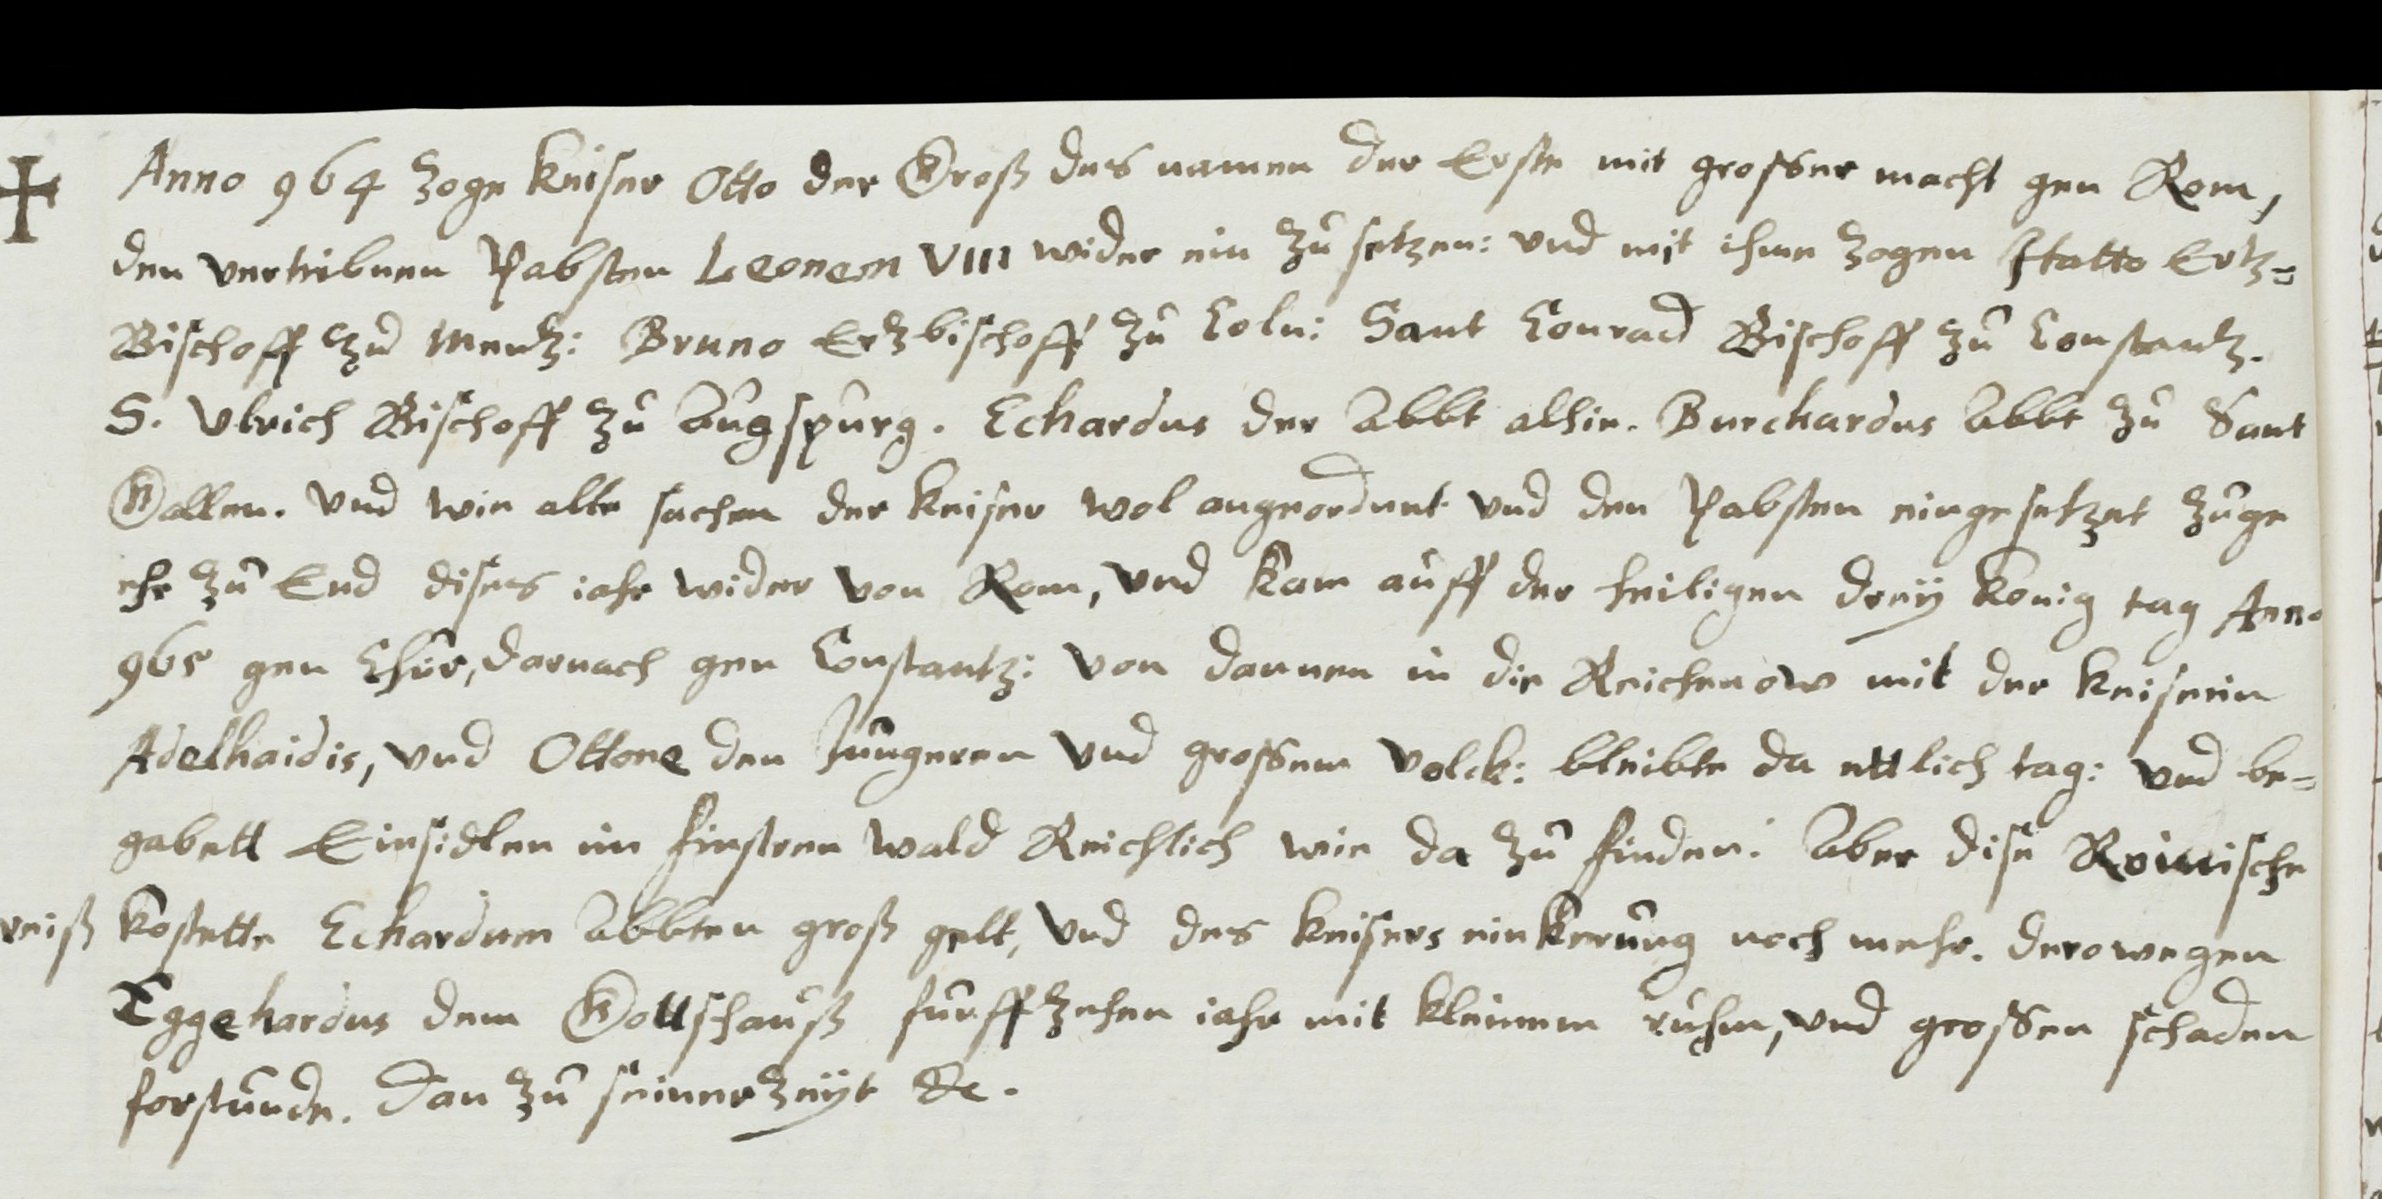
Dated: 1613–1642